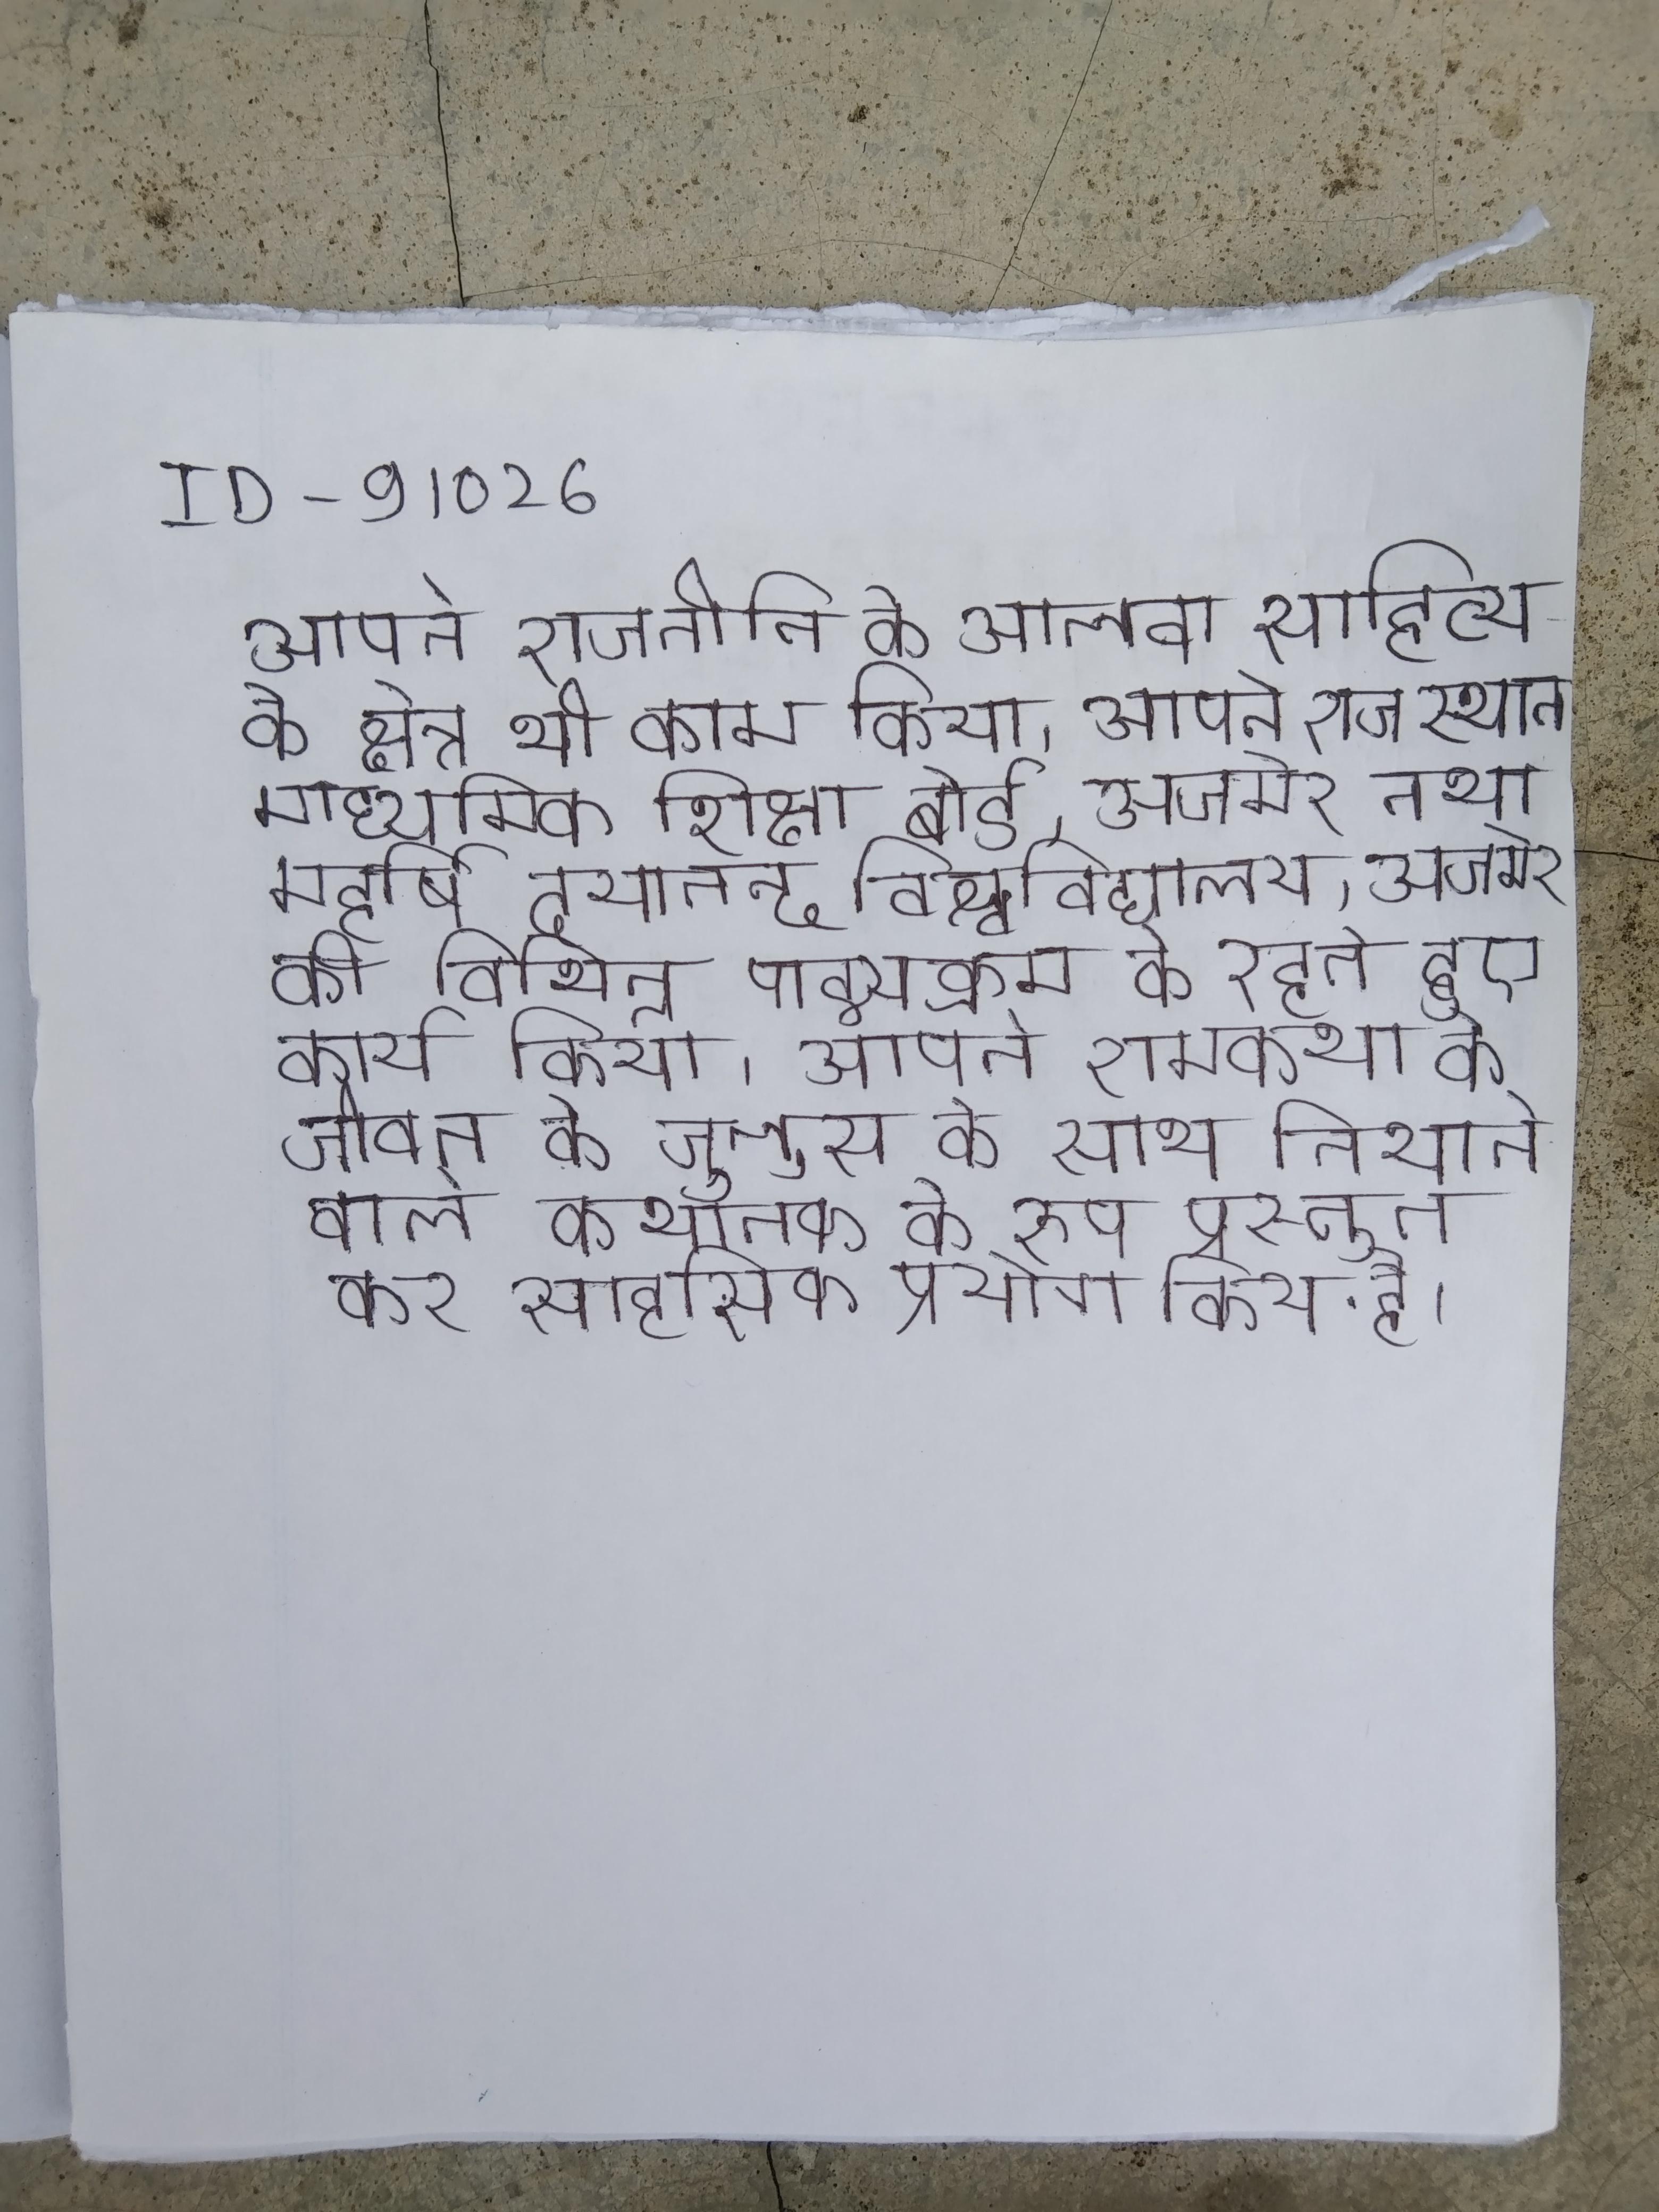
आपने राजनीति के आलवा साहित्य के क्षेत्र भी काम किया । आपने राजस्थान माध्यमिक शिक्षा बोर्ड,अजमेर तथा महर्षि दयानन्द विश्वविद्यालय, अजमेर की विभिन्न पाठ्यक्रम के रहते हुए कार्य किया । आपने रामकथा को जीवन के जुलूस के साथ निभाने वाले कथानक के रूप प्रस्तुत कर साहसिक प्रयोग किया है ।